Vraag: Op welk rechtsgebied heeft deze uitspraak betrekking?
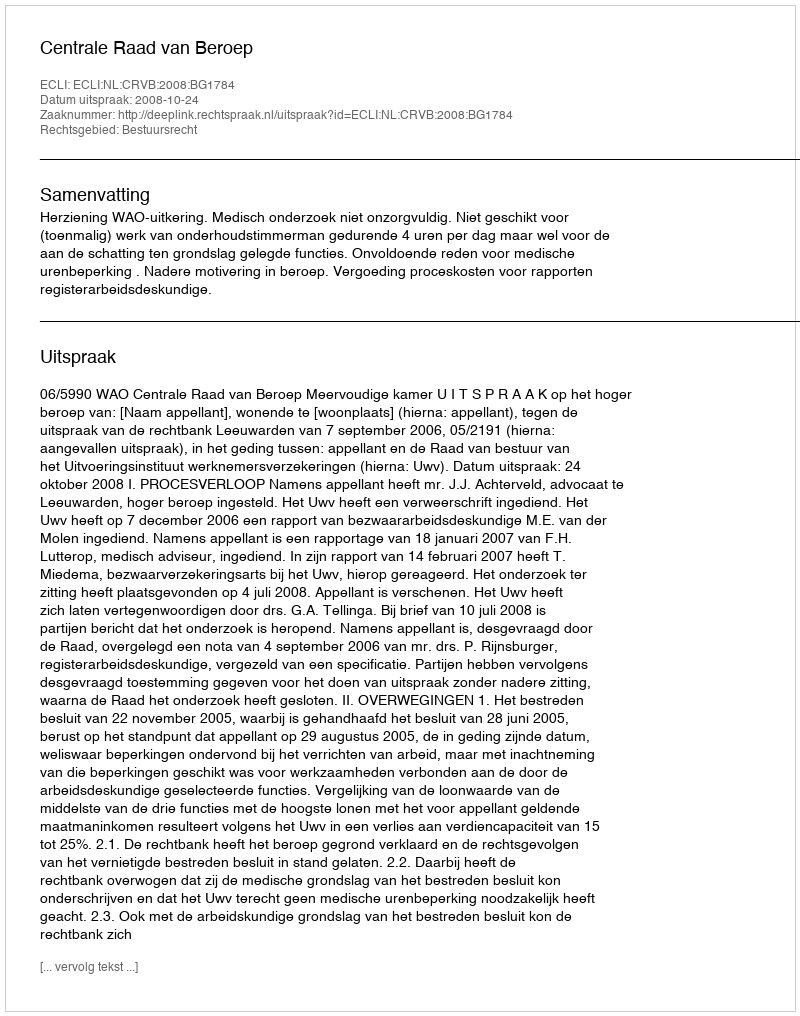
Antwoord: Bestuursrecht